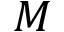
M